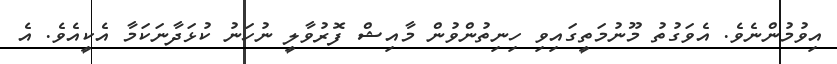
އިވުމުންނެވެ. އެވަގުތު މޫނުމަތީގައިވި ހިނިތުންވުން މާއިޝް ފޮރުވާލީ ނުހަނު ކުޅަދާނަކަމާ އެކީއެވެ. އެ